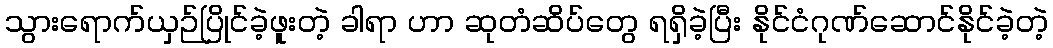
သွားရောက်ယှဉ်ပြိုင်ခဲ့ဖူးတဲ့ ခါရာ ဟာ ဆုတံဆိပ်တွေ ရရှိခဲ့ပြီး နိုင်ငံဂုဏ်ဆောင်နိုင်ခဲ့တဲ့